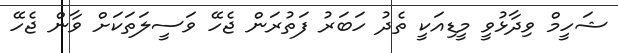
ޝަހީމް ވިދާޅުވީ މީޑިއަކީ ތެދު ހަބަރު ފަތުރަން ޖެހޭ ވަސީލަތަކަށް ވާން ޖެހޭ